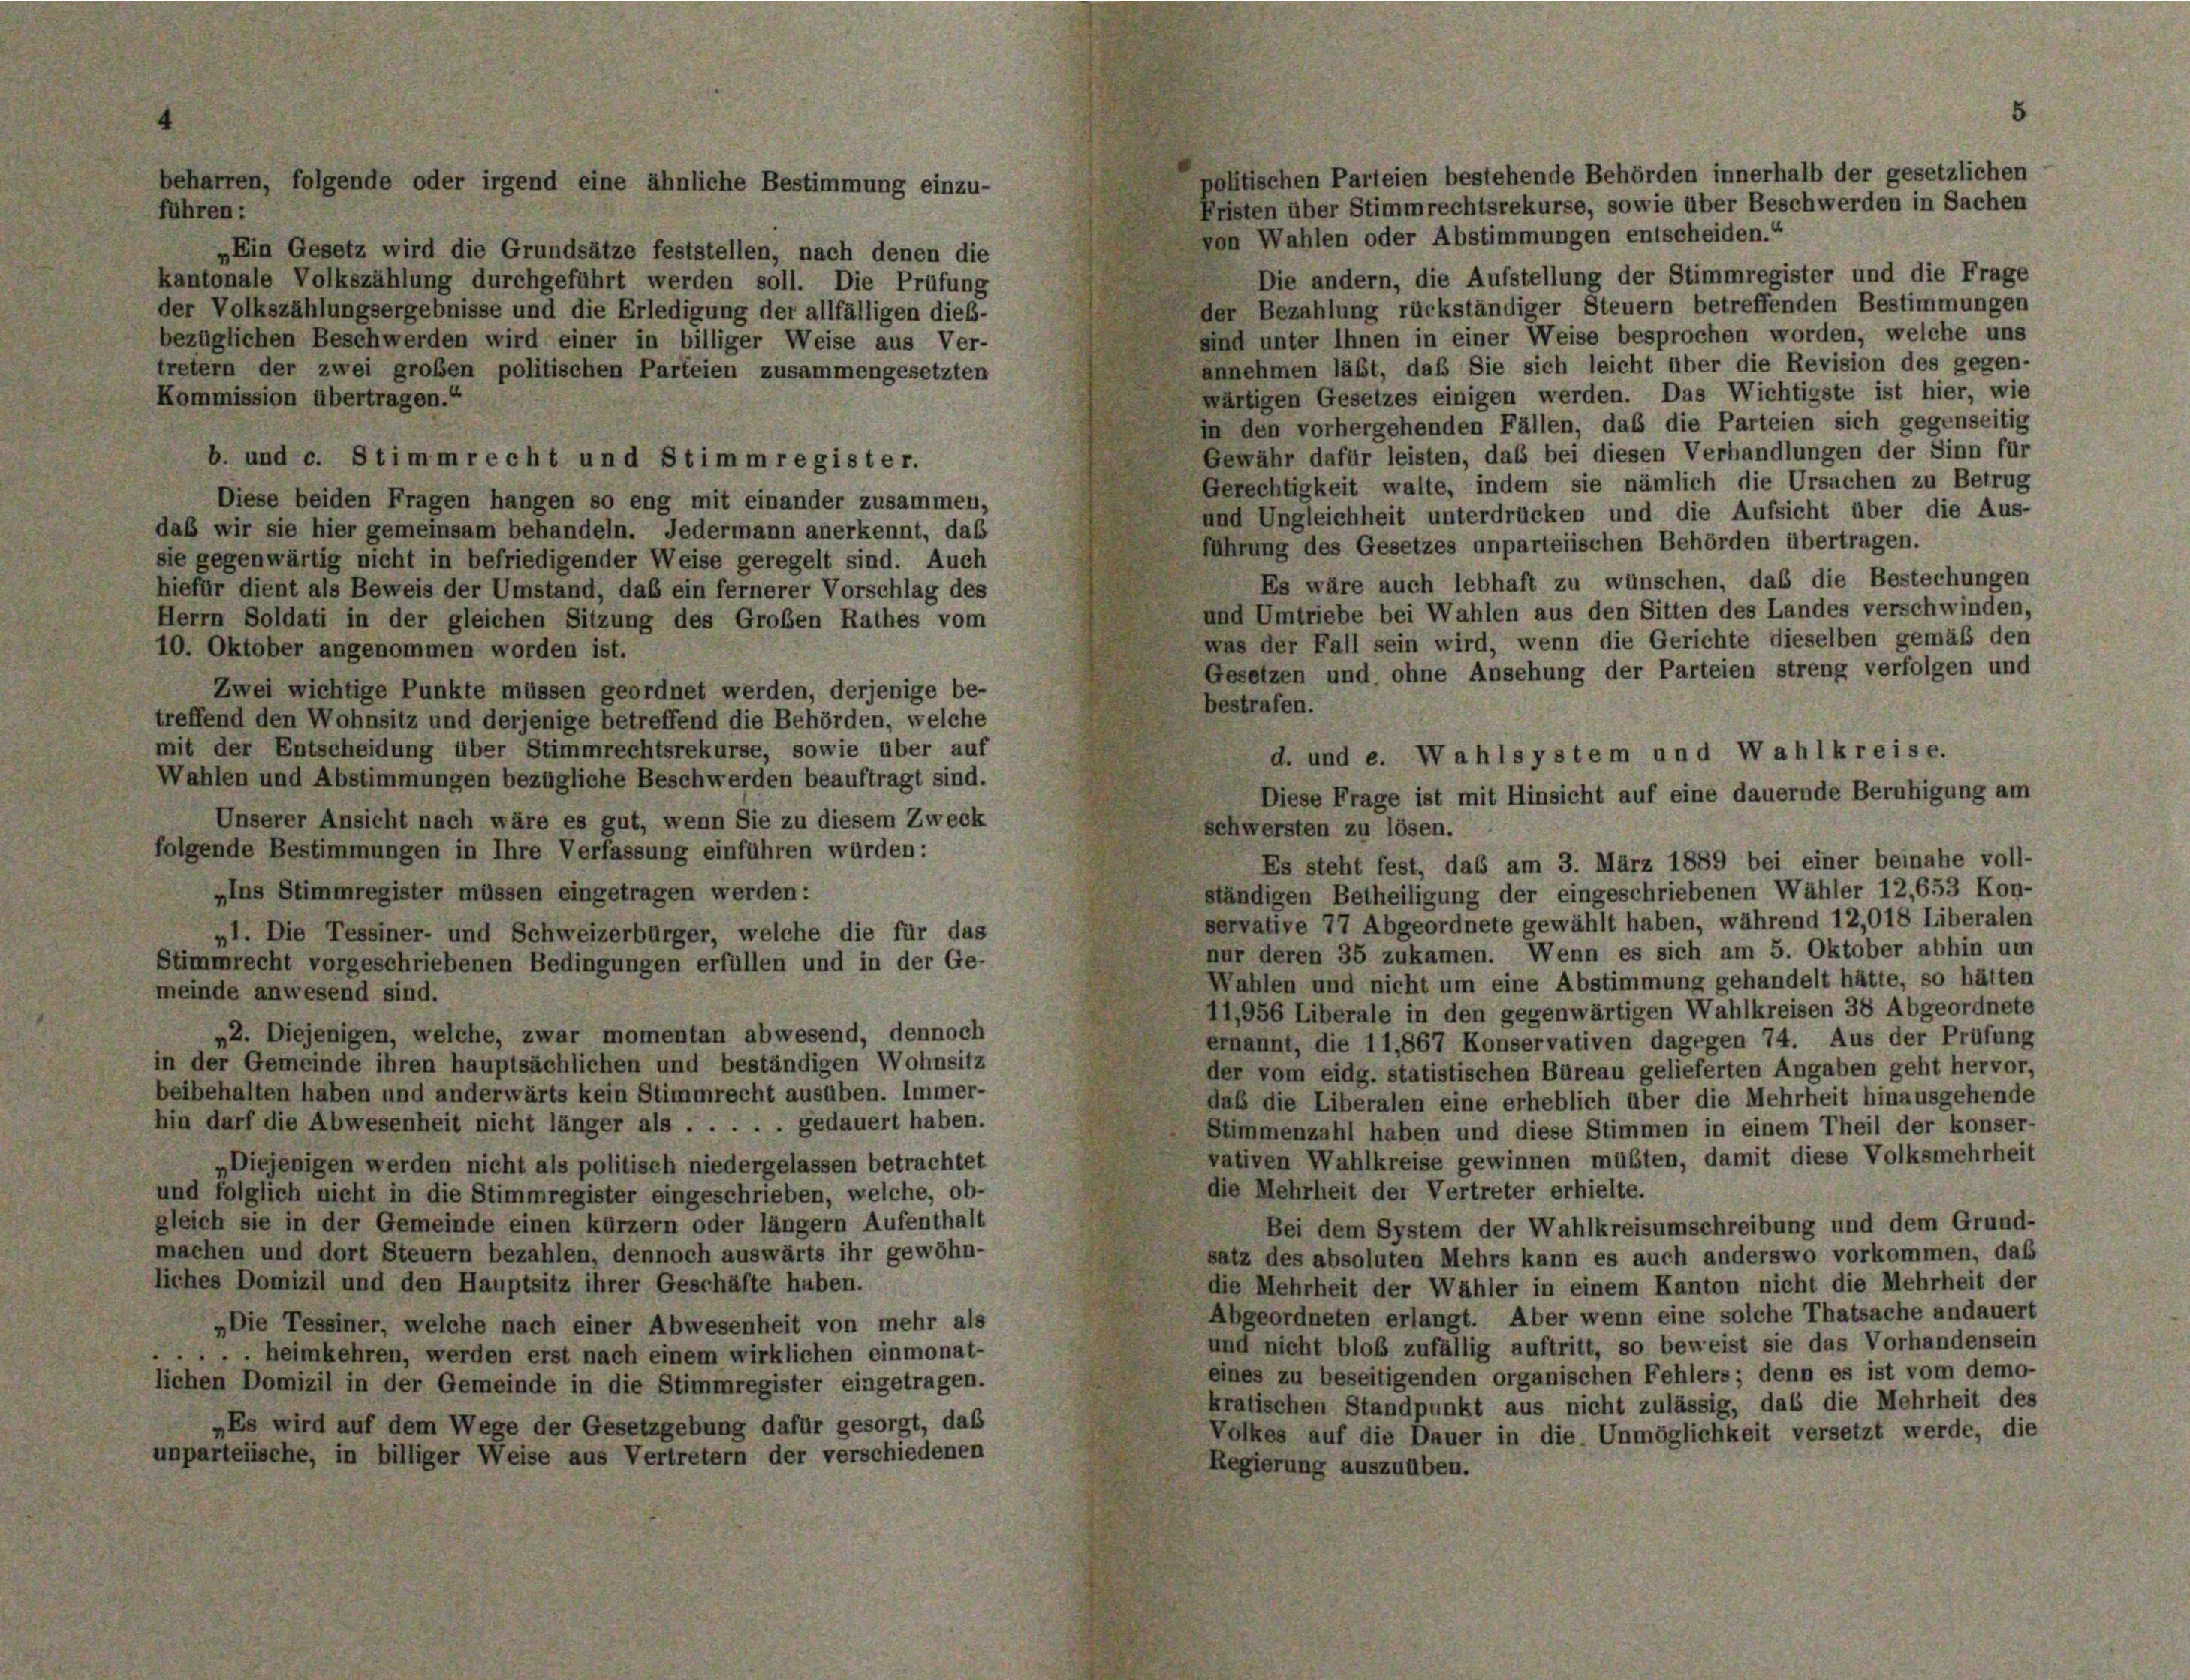
beharren, folgende oder irgend eine ähnliche Bestimmung einzu-
führen:

olitischen Parteien bestehende Behörden innerhalb der gesetzlichen
Fristen über Stimmrechtsrekurse, sowie über Beschwerden in Sachen
von Wahlen oder Abstimmungen entscheiden.“
„Ein Gesetz wird die Grundsätze feststellen, nach denen die
Die andern, die Aufstellung der Stimmregister und die Frage
kantonale Volkszählung durchgeführt werden soll. Die Prüfung
der Bezahlung rückständiger Steuern betreffenden Bestimmungen
der Volkszählungsergebnisse und die Erledigung der allfälligen dies-
sind unter Ihnen in einer Weise besprochen worden, welche uns
bezüglichen Beschwerden wird einer in billiger Weise aus Ver-
annehmen läßt, daß Sie sich leicht über die Revision des gegen-
tretern der zwei großen politischen Parteien zusammengesetzten
wärtigen Gesetzes einigen werden. Das Wichtigste ist hier, wie
Kommission übertragen.“
in den vorhergehenden Fällen, das die Parteien sich gegenseitig
Gewähr dafür leisten, das bei diesen Verhandlungen der Sinn für
b. und c. Stimmrecht und Stimmregister.
Gerechtigkeit walte, indem sie nämlich die Ursachen zu Betrug
Diese beiden Fragen hangen so eng mit einander zusammen,
und Ungleichheit unterdrücken und die Aufsicht über die Aus-
daß wir sie hier gemeinsam behandeln. Jedermann anerkennt, daß
führung des Gesetzes unparteiischen Behörden übertragen.
sie gegenwärtig nicht in befriedigender Weise geregelt sind. Auch
Es wäre auch lebhaft zu wünschen, das die Bestechungen
hiefür dient als Beweis der Umstand, daß ein fernerer Vorschlag des
und Umtriebe bei Wahlen aus den Sitten des Landes verschwinden,
Herrn Soldati in der gleichen Sitzung des Großen Rathes vom
was der Fall sein wird, wenn die Gerichte dieselben gemäß den
10. Oktober angenommen worden ist.
Gesetzen und ohne Ansehung der Parteien streng verfolgen und
Zwei wichtige Punkte müssen geordnet werden, derjenige be-
bestrafen.
treffend den Wohnsitz und derjenige betreffend die Behörden, welche
mit der Entscheidung über Stimmrechtsrekurse, sowie über auf
d. und e. Wahlsystem und Wahlkreise.
Wahlen und Abstimmungen bezügliche Beschwerden beauftragt sind.
Diese Frage ist mit Hinsicht auf eine dauernde Beruhigung am
Unserer Ansicht nach wäre es gut, wenn Sie zu diesem Zweck
schwersten zu lösen.
folgende Bestimmungen in Ihre Verfassung einführen würden:
Es steht fest, das am 3. März 1889 bei einer beinahe voll-
„Ins Stimmregister müssen eingetragen werden:
ständigen Betheiligung der eingeschriebenen Wähler 12,653 Kon-
servative 77 Abgeordnete gewählt haben, während 12,018 Liberalen
„1. Die Tessiner- und Schweizerbürger, welche die für das
nur deren 35 zukamen. Wenn es sich am 5. Oktober abhin um
Stimmrecht vorgeschriebenen Bedingungen erfüllen und in der Ge-
Wahlen und nicht um eine Abstimmung gehandelt hätte, so hätten
meinde anwesend sind.
11,956 Liberale in den gegenwärtigen Wahlkreisen 38 Abgeordnete
„2. Diejenigen, welche, zwar momentan abwesend, dennoch
ernannt, die 11,867 Konservativen dagegen 74. Aus der Prüfung
in der Gemeinde ihren hauptsächlichen und beständigen Wohnsitz
der vom eidg. statistischen Büreau gelieferten Angaben geht hervor,
beibehalten haben und anderwärts kein Stimmrecht ausüben. Immer-
daß die Liberalen eine erheblich über die Mehrheit hinausgehende
hin darf die Abwesenheit nicht länger als . . . . . gedauert haben.
Stimmenzahl haben und diese Stimmen in einem Theil der konser-
vativen Wahlkreise gewinnen müßten, damit diese Volksmehrheit
Diejenigen werden nicht als politisch niedergelassen betrachtet
die Mehrheit der Vertreter erhielte.
und folglich nicht in die Stimmregister eingeschrieben, welche, ob-
gleich sie in der Gemeinde einen kürzern oder längern Aufenthalt
Bei dem System der Wahlkreisumschreibung und dem Grund-
machen und dort Steuern bezahlen, dennoch auswärts ihr gewöhn-
satz des absoluten Mehrs kann es auch anderswo vorkommen, daß
liches Domizil und den Hauptsitz ihrer Geschäfte haben.
die Mehrheit der Wähler in einem Kanton nicht die Mehrheit der
Abgeordneten erlangt. Aber wenn eine solche Thatsache andauert
„Die Tessiner, welche nach einer Abwesenheit von mehr als
und nicht bloß zufällig auftritt, so beweist sie das Vorhandensein
. . . heimkehren, werden erst nach einem wirklichen einmonat-
eines zu beseitigenden organischen Fehlers; denn es ist vom demo-
lichen Domizil in der Gemeinde in die Stimmregister eingetragen.
kratischen Standpunkt aus nicht zulässig, dass die Mehrheit des
Es wird auf dem Wege der Gesetzgebung dafür gesorgt, daß
Volkes auf die Dauer in die Unmöglichkeit versetzt werde, die
unparteiische, in billiger Weise aus Vertretern der verschiedenen
Regierung auszuüben.

5